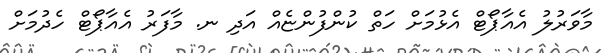
މާވަރުލު އެއާޕޯޓް އެޅުމަށް ހަތް ކުންފުންޏެއް އަދި ނ. މާފަރު އެއާޕޯޓް ހެދުމަށް